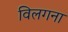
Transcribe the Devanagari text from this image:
विलगना